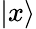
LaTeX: |x\rangle